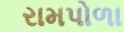
રામપોળા